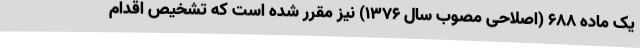
یک ماده ۶۸۸ (اصلاحی مصوب سال ۱۳۷۶) نیز مقرر شده است که تشخیص اقدام